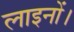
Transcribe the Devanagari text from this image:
लाइनों।